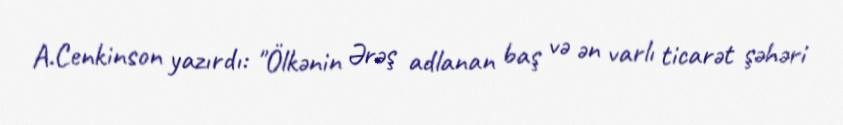
A.Cenkinson yazırdı: "Ölkənin Ərəş adlanan baş və ən varlı ticarət şəhəri